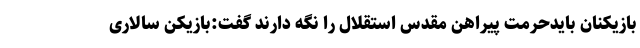
بازیکنان بایدحرمت پیراهن مقدس استقلال را نگه دارند گفت:بازیکن سالاری